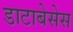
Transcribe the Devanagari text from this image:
डाटाबेसेस